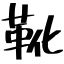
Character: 靴